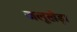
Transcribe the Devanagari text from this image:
जलूखेड़ा